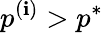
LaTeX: p^{(\mathbf{i})}>p^{*}